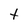
Character: t